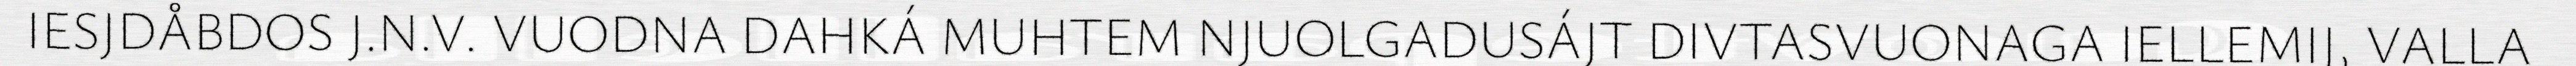
IESJDÅBDOS J.N.V. VUODNA DAHKÁ MUHTEM NJUOLGADUSÁJT DIVTASVUONAGA IELLEMIJ, VALLA